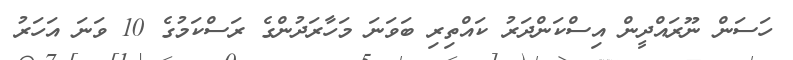
ހަސަން ނޫރައްދީން އިސްކަންދަރު ކައްތިރި ބަވަނަ މަހާރަދުންގެ ރަސްކަމުގެ 10 ވަނަ އަހަރު